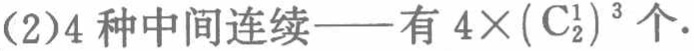
(2)4 种中间连续——有 \(4\times(\mathrm{C}_{2}^{1})^{3}\) 个.